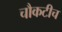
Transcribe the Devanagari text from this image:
चौकटीच